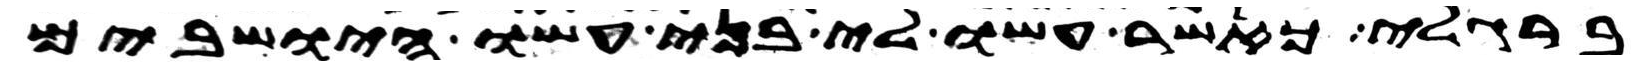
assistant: ברגלי כאשר עשו לי בני עשו הישבים